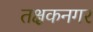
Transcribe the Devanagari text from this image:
तक्षकनगर